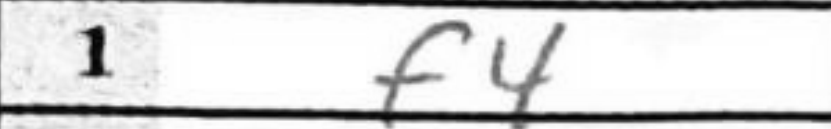
Transcription: f4